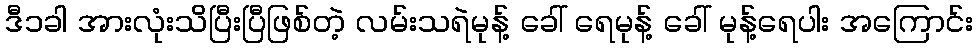
ဒီ၁ခါ အားလုံးသိပြီးပြီဖြစ်တဲ့ လမ်းသရဲမုန့် ခေါ် ရေမုန့် ခေါ် မုန့်ရေပါး အကြောင်း